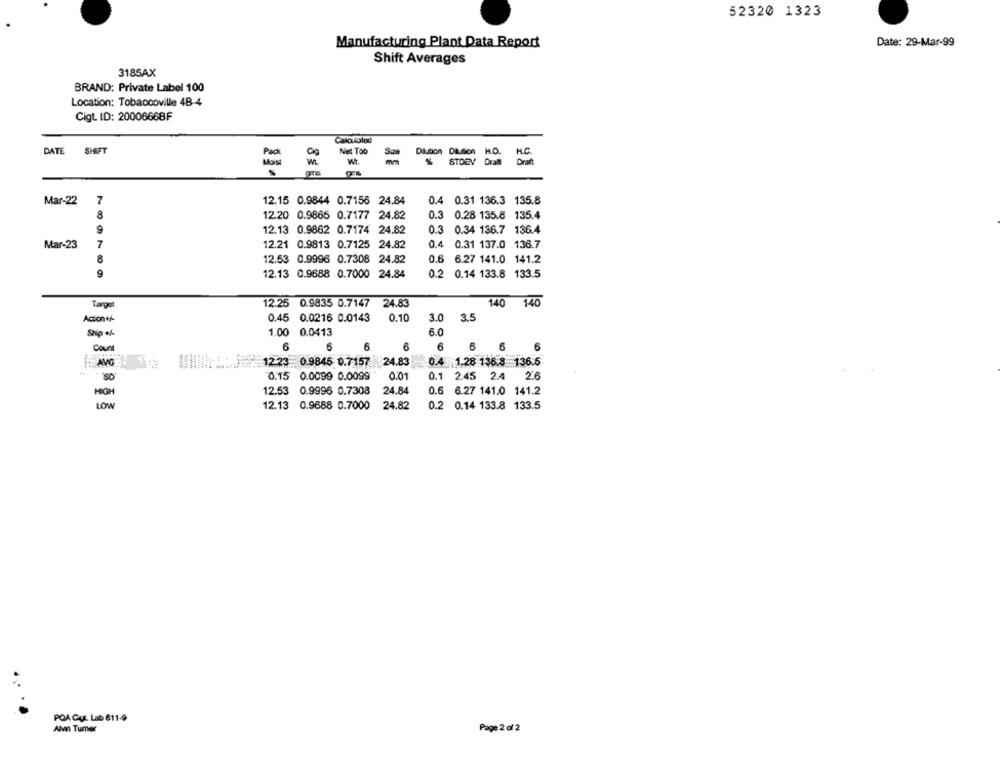
52320 1323
Manufacturing Plant Data Report
Date: 29-Mar-99
Shift Averages
3185AX
BRAND: Private Label 100
Location: Tobaccoville 48-4
Cigt. ID: 20006668F
Calculglad
DATE
SHIFT
Net Too
Disson Dilution
STORY Dral
Moist
Mar-22
7
12.15 0.9844 0.7156 24.84
0.4 0.31 136.3 135.8
12.20 0.9865 0.7177 24.82
0.3 0.28 135.8 135.4
9
12.13 0.9862 0.7174 24.82
0.3
0.34 136.7
136.4
Mar-23
7
12.21 0.9813 0.7125 24.82
0.4
0.31 137.0 136.7
12.53 0.9996 0.7308 24.82
0.6 6.27 141.0 141.2
9
12.13 0.9688 0.7000 24.84
0.2 0.14 133.8 133.5
Target
12.25 0.9835 0.7147 24.83
140 140
Action+/-
0.45 0.0216 0.0143
0.10
3.0
3.5
Ship of-
1.00 0.0413
6.0
Court
6
6
6
6
6
6
6
12.23 : 0.9846 0.7157 24.83
0.4 1.28 136.8 136.5
0.15 0.0099 0.0099
0.01
0.1 2.45 2.4
2.6
12.53 0.9996 0.7308
24.84
HIGH
0.6 6.27 141.0 141.2
LOW
12.13 0.9688 0.7000
24.82
0.2 0.14 133.8 133.5
POA Cot. Lab 611-9
Alvin Tumer
Page 2 of 2